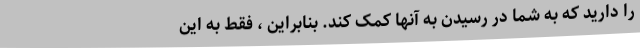
را دارید که به شما در رسیدن به آنها کمک کند. بنابراین ، فقط به این